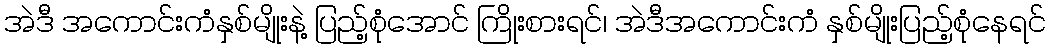
အဲဒီ အကောင်းကံနှစ်မျိုးနဲ့ ပြည့်စုံအောင် ကြိုးစားရင်၊ အဲဒီအကောင်းကံ နှစ်မျိုးပြည့်စုံနေရင်